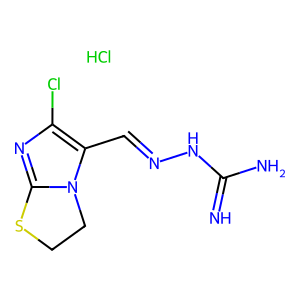
SMILES: Cl.N=C(N)NN=Cc1c(Cl)nc2n1CCS2
Inhibits HIV replication: No